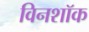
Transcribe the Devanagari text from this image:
विनशॉक